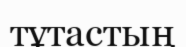
тұтастың